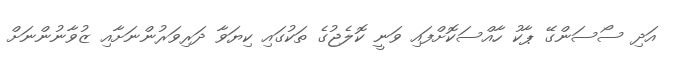
އަދި ސޯސަންގޭ ޕާކު ހާއްސަކޮށްފައި ވަނީ ކޮލެޖުގެ ތަކުގައި ކިޔަވާ ދަރިވަރުންނަށާއި ޒުވާނުންނަށް